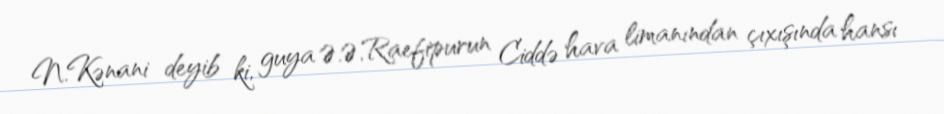
N.Kənani deyib ki, guya Ə.Ə.Raefipurun Ciddə hava limanından çıxışında hansı